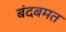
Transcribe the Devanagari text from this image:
बंदबमत